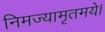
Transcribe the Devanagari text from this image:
निमज्यामृतमये।